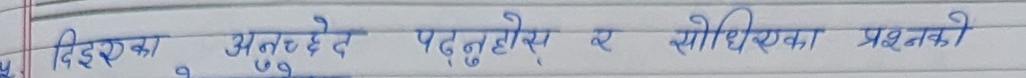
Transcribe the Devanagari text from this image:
दिएका अनुच्छेद पदनुहोस्र र सोधिएका प्रश्नको